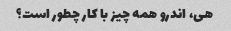
هی، اندرو همه چیز با کار چطور است؟